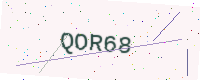
Text: QOR68